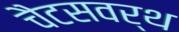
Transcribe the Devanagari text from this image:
चैटसवर्थ